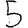
Digit: 5